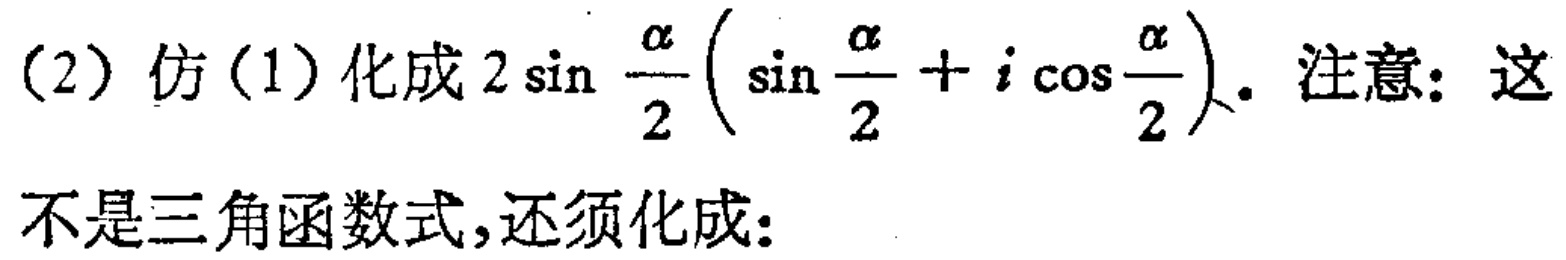
(2) 仿(1)化成 \(2\sin\frac{\alpha}{2}(\sin\frac{\alpha}{2}+i\cos\frac{\alpha}{2})\). 注意：这不是三角函数式,还须化成: